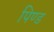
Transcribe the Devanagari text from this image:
पिण्‍ड